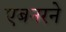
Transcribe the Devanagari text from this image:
एबनरने